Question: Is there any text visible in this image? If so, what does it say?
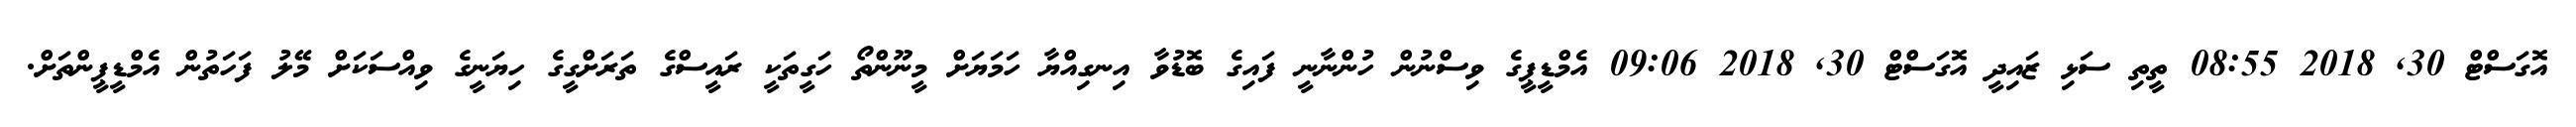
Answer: އޮގަސްޓް 30, 2018 08:55 ތީތި ސަޅި ޒައިދީ އޮގަސްޓް 30, 2018 09:06 އެމްޑީޕީގެ ވިސްނުން ހުންނާނީ ފައިގެ ބޮޑުވާ އިނގިއްޔާ ހަމަޔަށް މީނޫންތޯ ހަގީތަކީ ރައީސްގެ ތަރަށްގީގެ ހިޔަނީގެ ވިއްސަކަށް މޭލު ފަހަތުން އެމްޑީޕީންތަށް.